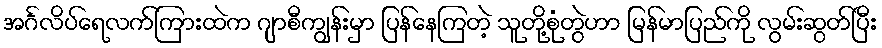
အင်္ဂလိပ်ရေလက်ကြားထဲက ဂျာစီကျွန်းမှာ ပြန်နေကြတဲ့ သူတို့စုံတွဲဟာ မြန်မာပြည်ကို လွမ်းဆွတ်ပြီး